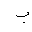
Letter: _ba